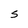
Character: S